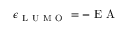
\epsilon _ { \mathrm { ~ L ~ U ~ M ~ O ~ } } = - \mathrm { ~ E ~ A ~ }